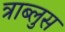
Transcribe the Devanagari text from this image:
त्राब्लुस